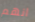
انهم